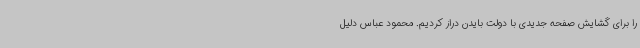
را برای گشایش صفحه جدیدی با دولت بایدن دراز کردیم. محمود عباس دلیل